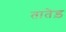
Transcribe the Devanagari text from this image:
तातेड़